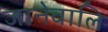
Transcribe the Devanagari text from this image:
जानेवालि